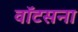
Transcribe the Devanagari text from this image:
वॉटसना